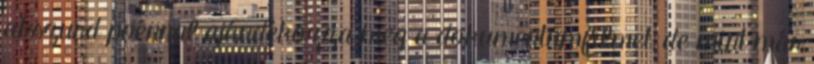
abszurd poénnal ajándékozza meg a dokumentumfilmet, de mint már